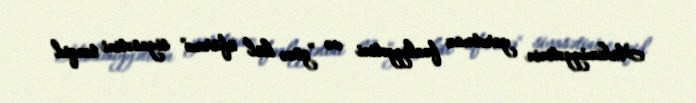
Hakimiyyətinin yarıtmaz fəaliyyətini və ”gözə kül üfürmə" siyasətini tənqid